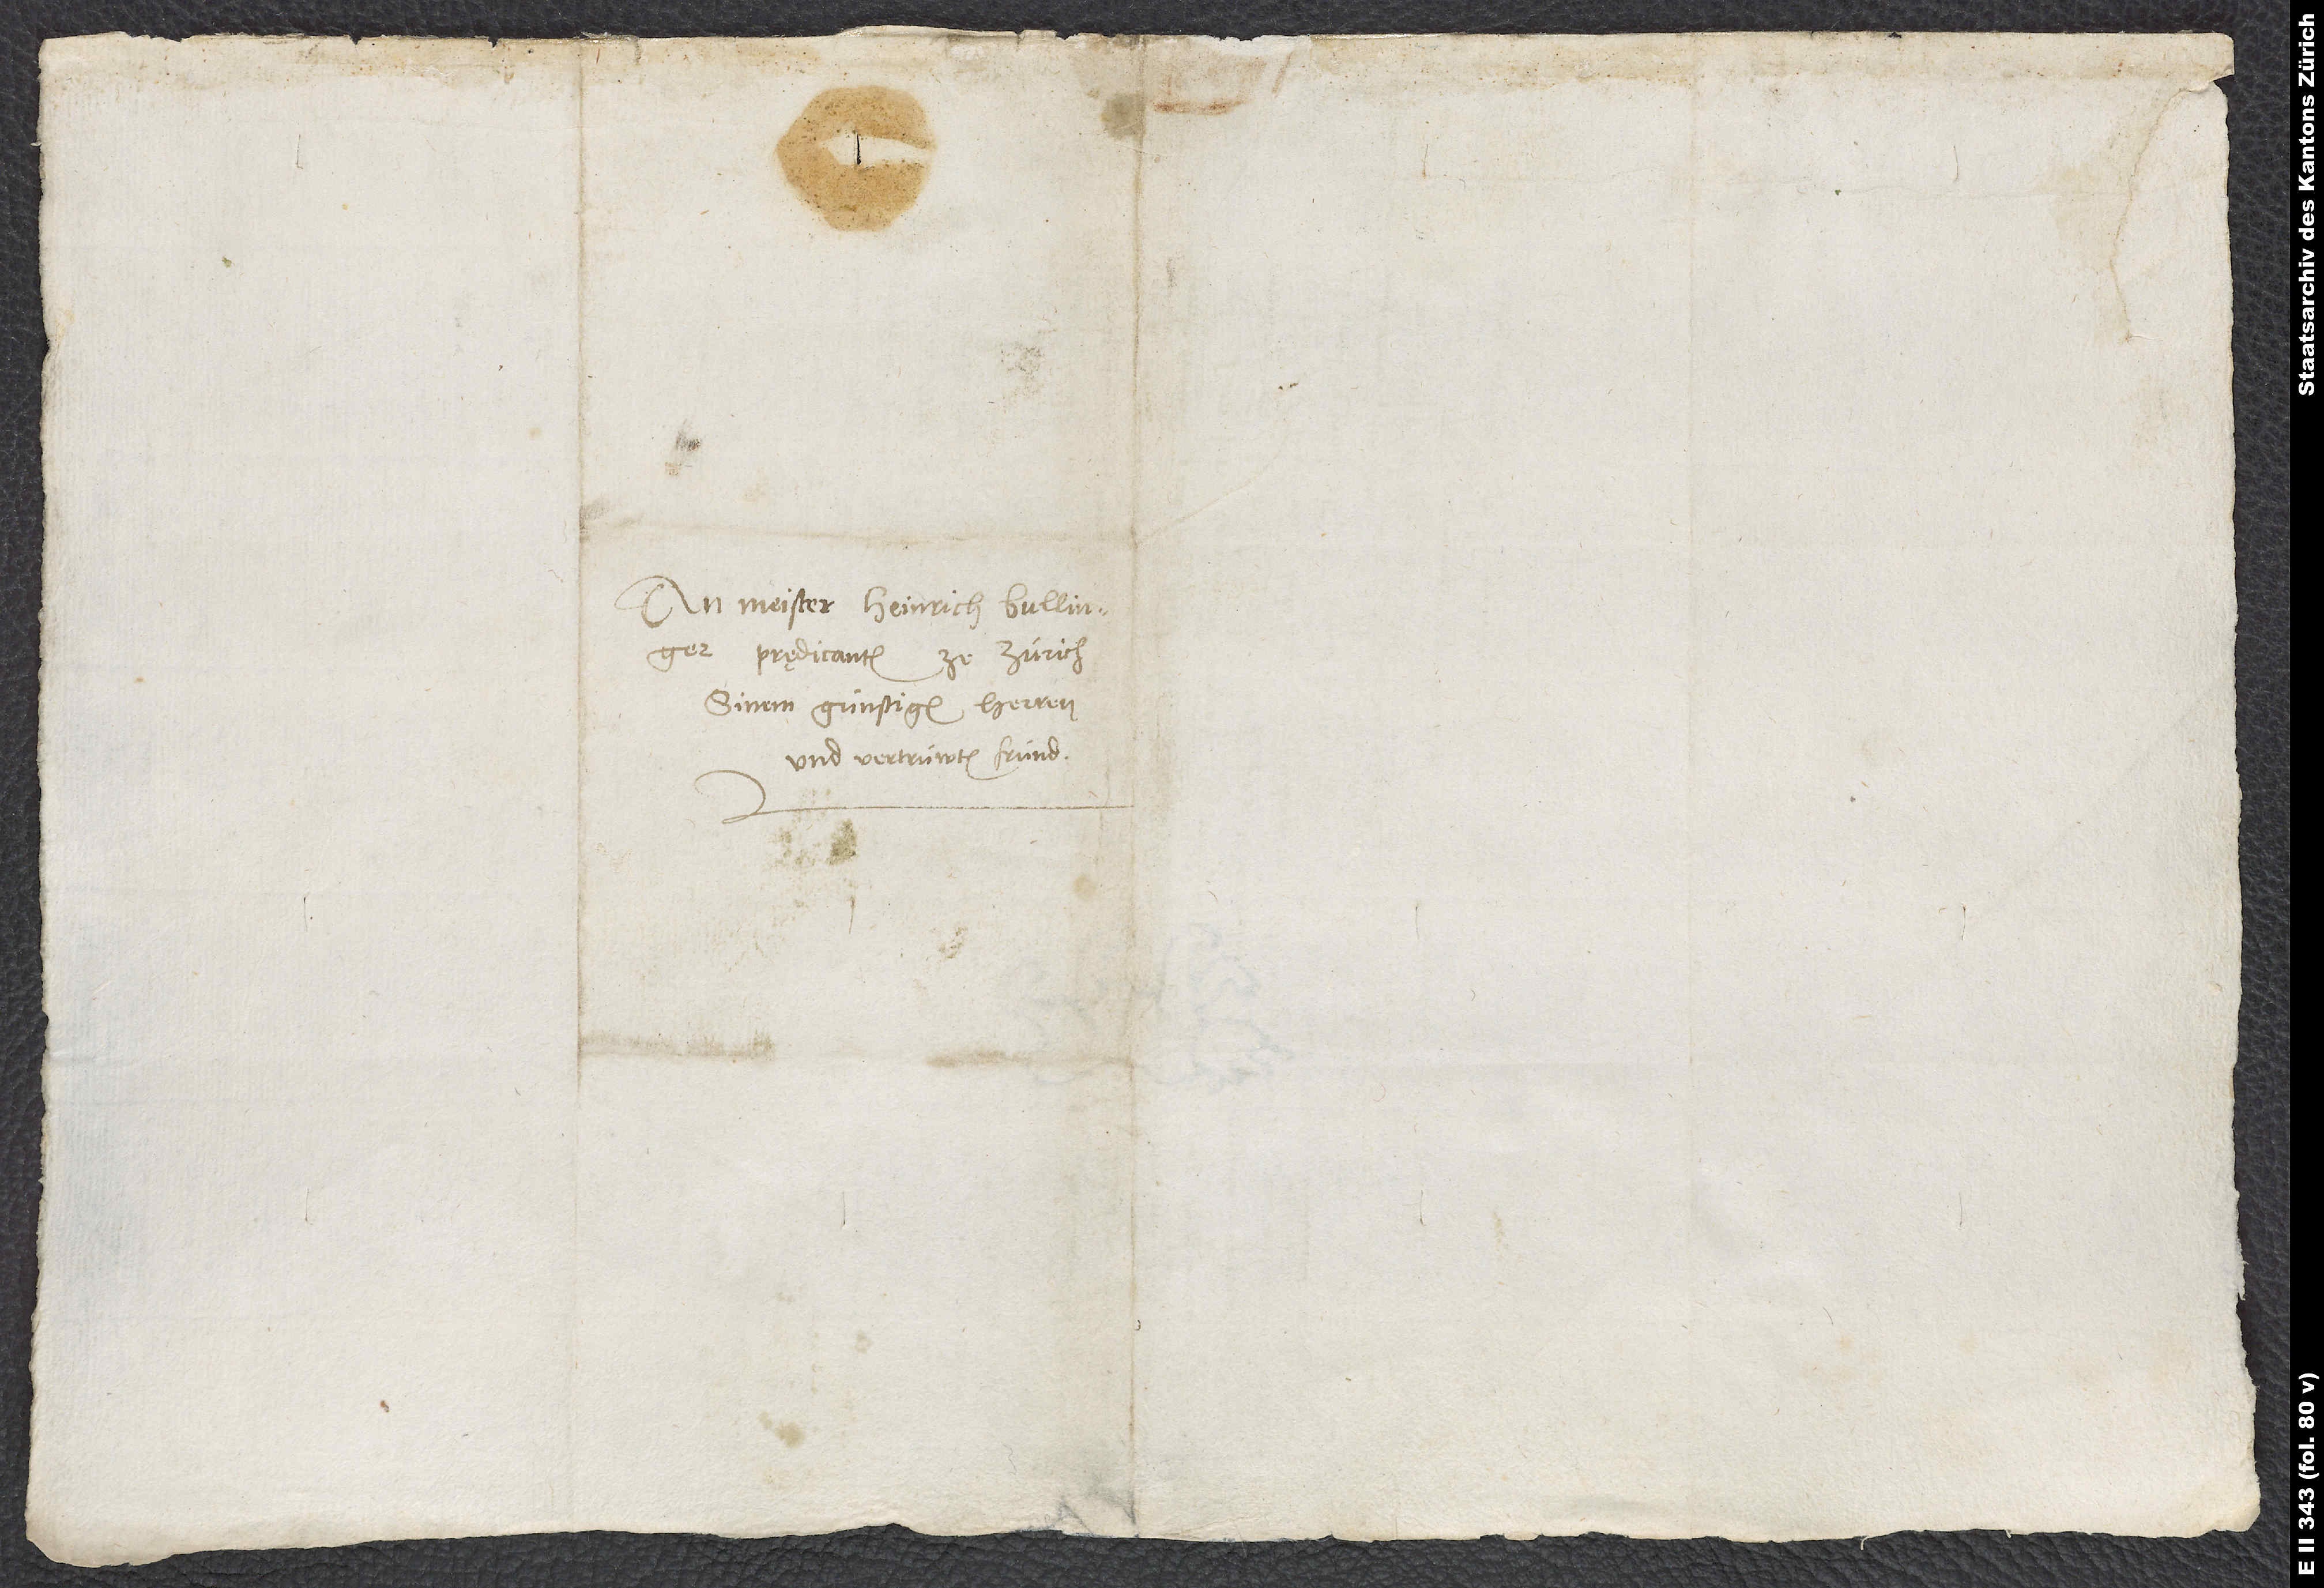
An Meister Heinrich Bullinger,
prędicanten ze Zürich,
sinem günstigen herren
und vertrüwten fründ.